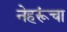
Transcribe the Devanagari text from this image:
नेहरूंचा